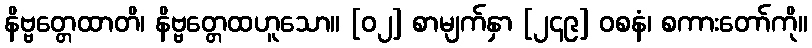
နိဗ္ဗတ္တေထာတိ၊ နိဗ္ဗတ္တေထဟူသော။ [၀၂] စာမျက်နှာ [၂၄၉] ဝစနံ၊ စကားတော်ကို။